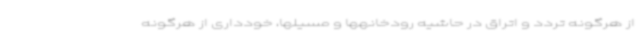
از هرگونه تردد و اتراق در حاشیه رودخانهها و مسیلها، خودداری از هرگونه